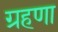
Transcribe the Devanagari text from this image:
ग्रहणा